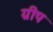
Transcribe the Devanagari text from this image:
ग्रीप